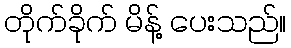
တိုက်ခိုက် မိန့် ပေးသည်။